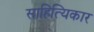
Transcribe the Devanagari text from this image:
साहित्यिकार